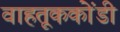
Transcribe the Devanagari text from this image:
वाहतूककोंडी